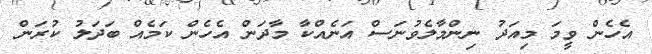
އެހެން ވީމަ މިއަދު ނިންމާލެވުނަސް އަނެއްކާ މާދަން އެހެން ކަމެއް ބަދަލު ކުރަން